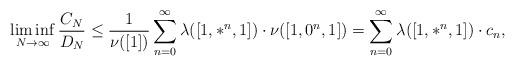
LaTeX: \begin{align*}\liminf_{N\to\infty} \frac{C_N}{D_N}\le\frac1{\nu([1])}\sum_{n=0}^\infty \lambda([1,*^n,1])\cdot\nu([1,0^n,1]) = \sum_{n=0}^\infty \lambda([1,*^n,1])\cdot c_n,\end{align*}